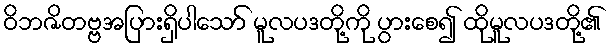
ဝိဘဇိတဗ္ဗအပြားရှိပါသော် မူလပဒတို့ကို ပွားစေ၍ ထိုမူလပဒတို့၏